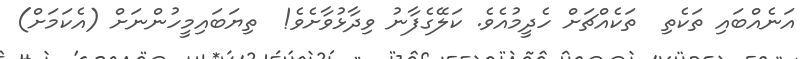
އަނެއްބައި ތަކެތި  ތަކެއްޗަށް ހެދީމުއެވެ. ކަލޭގެފާނު ވިދާޅުވާށެވެ!  ތިޔަބައިމީހުންނަށް (އެކަމަށް)